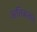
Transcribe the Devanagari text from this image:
अतिकठोर